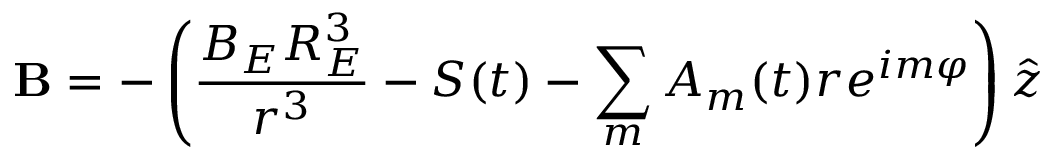
\mathbf { B } = - \left( \frac { B _ { E } R _ { E } ^ { 3 } } { r ^ { 3 } } - S ( t ) - \sum _ { m } A _ { m } ( t ) r e ^ { i m \varphi } \right) \hat { z }